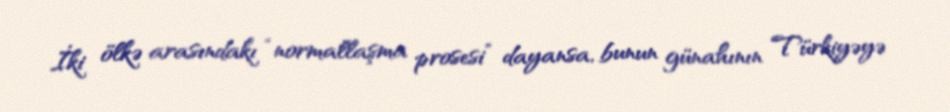
İki ölkə arasındakı “normallaşma prosesi” dayansa, bunun günahının Türkiyəyə